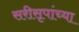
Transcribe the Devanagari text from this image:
सरीसृपांच्या